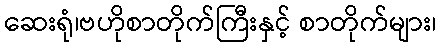
ဆေးရုံ၊ဗဟိုစာတိုက်ကြီးနှင့် စာတိုက်များ၊